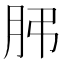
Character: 𦙨